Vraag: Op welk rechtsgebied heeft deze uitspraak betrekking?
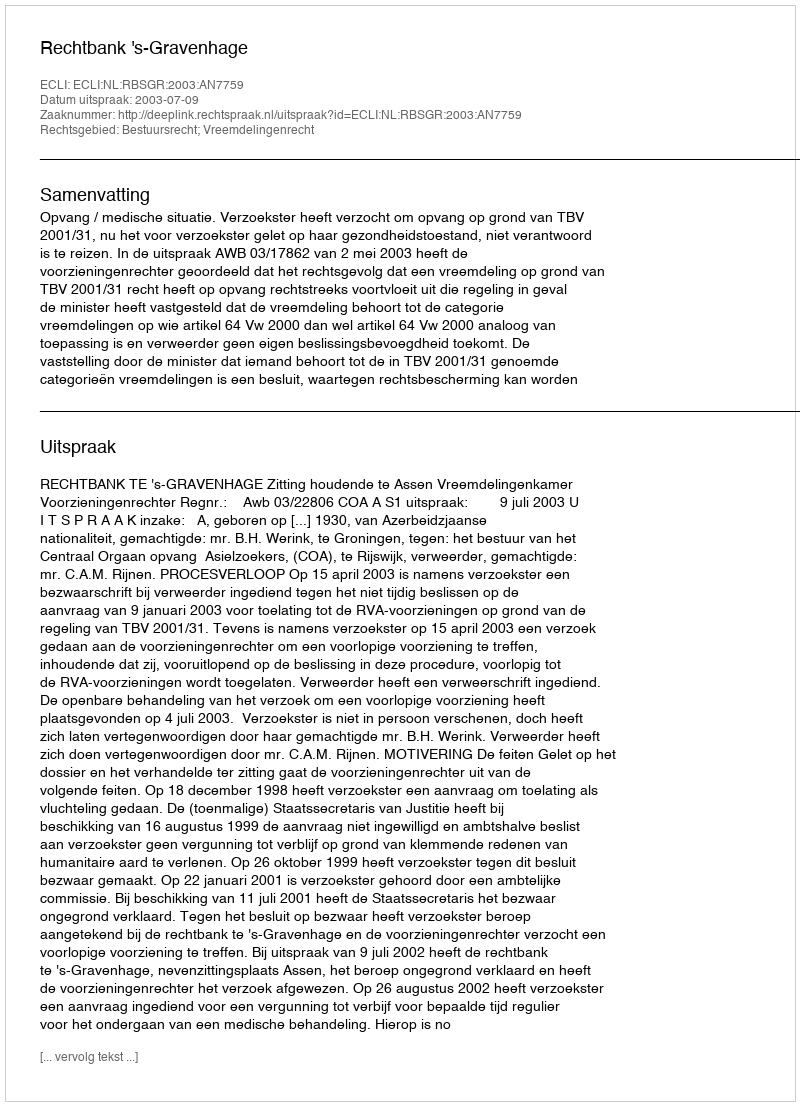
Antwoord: Bestuursrecht; Vreemdelingenrecht